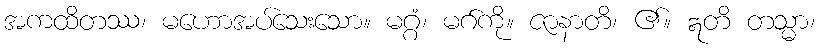
အကထိတဿ၊ မဟောအပ်သေးသော။ မဂ္ဂံ၊ မဂ်ကို။ ဇာနာတိ၊ ၏။ ဣတိ တသ္မာ၊